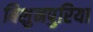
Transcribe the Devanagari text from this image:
बिशुनपुरिया